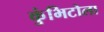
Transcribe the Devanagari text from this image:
कुंभिटोला